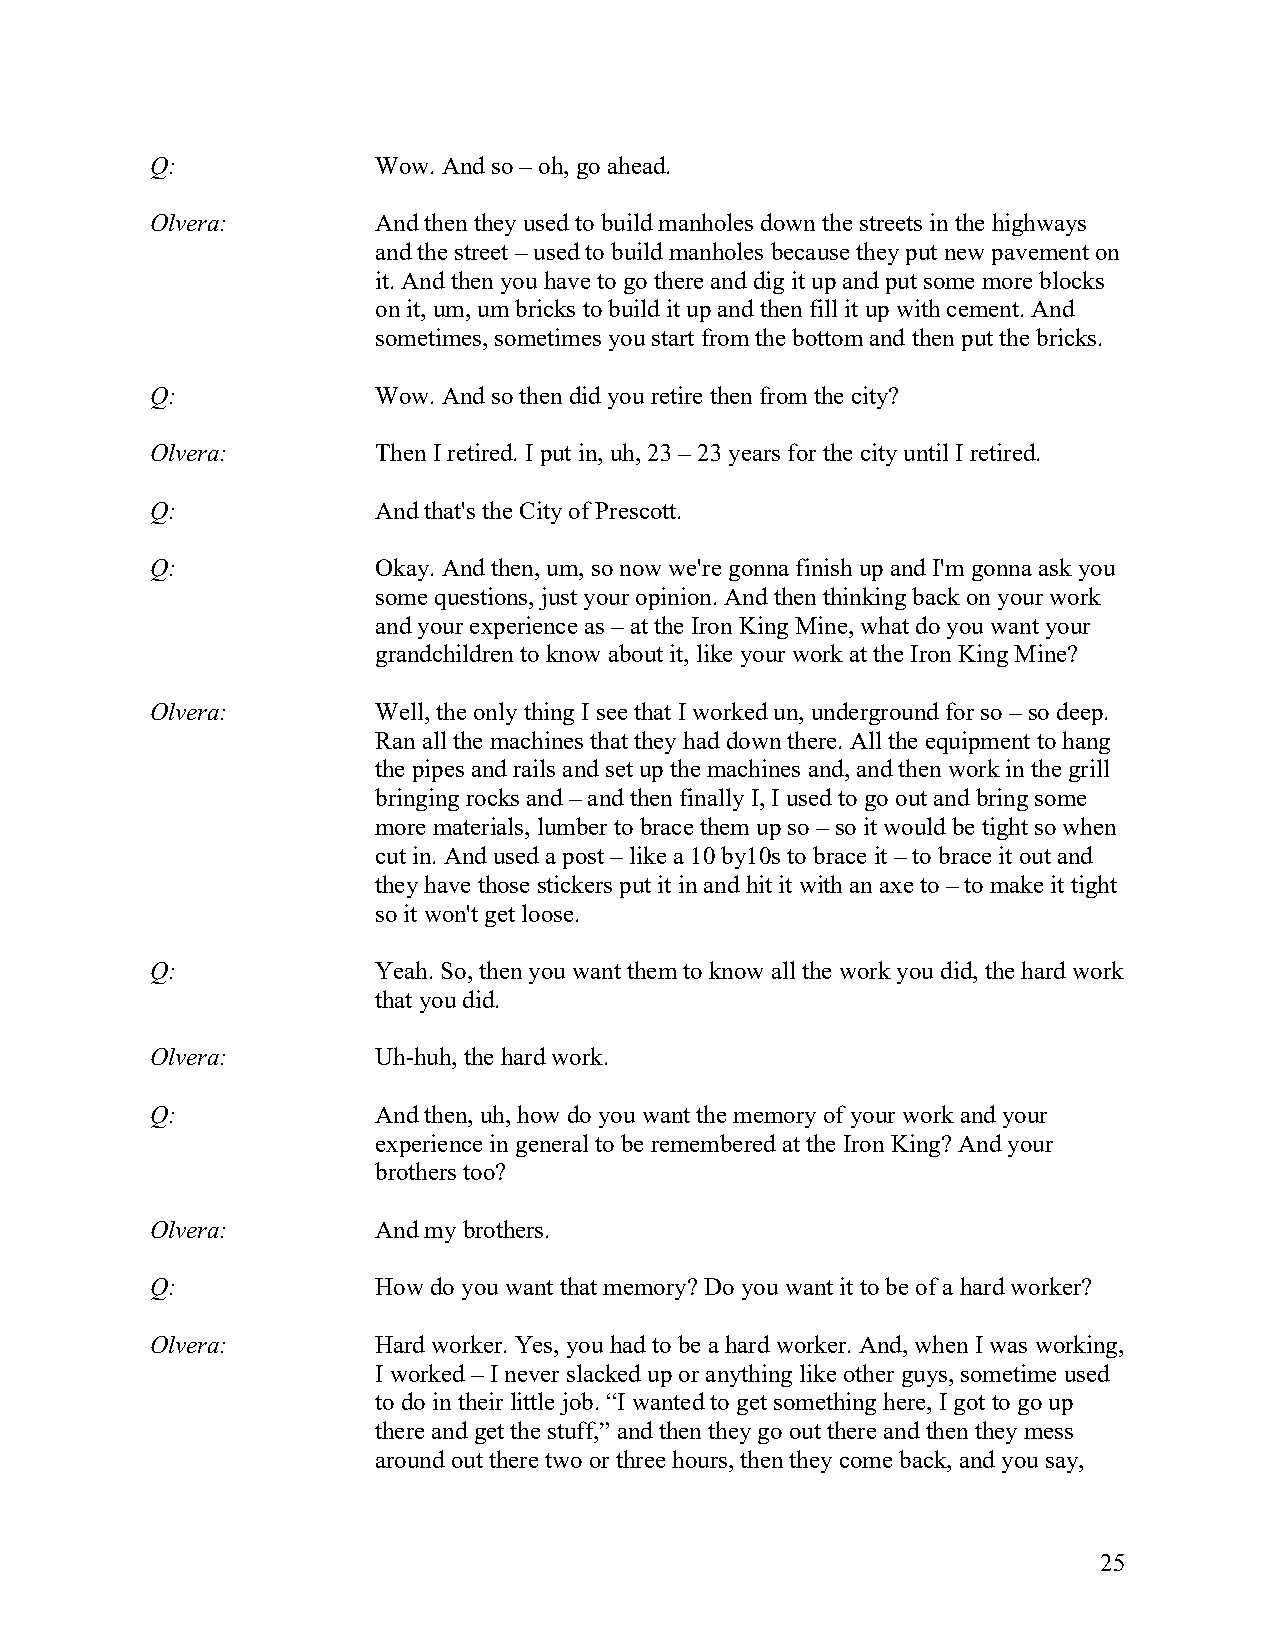
Q:             Wow. And so – oh, go ahead.
 Olvera:        And then they used to build manholes down the streets in the highways
 and the street – used to build manholes because they put new pavement on
 it. And then you have to go there and dig it up and put some more blocks
 on it, um, um bricks to build it up and then fill it up with cement. And
 sometimes, sometimes you start from the bottom and then put the bricks.
 Q:             Wow. And so then did you retire then from the city?
 Olvera:        Then I retired. I put in, uh, 23 – 23 years for the city until I retired.
 Q:             And that's the City of Prescott.
 Q:             Okay. And then, um, so now we're gonna finish up and I'm gonna ask you
 some questions, just your opinion. And then thinking back on your work
 and your experience as – at the Iron King Mine, what do you want your
 grandchildren to know about it, like your work at the Iron King Mine?
 Olvera:        Well, the only thing I see that I worked un, underground for so – so deep.
 Ran all the machines that they had down there. All the equipment to hang
 the pipes and rails and set up the machines and, and then work in the grill
 bringing rocks and – and then finally I, I used to go out and bring some
 more materials, lumber to brace them up so – so it would be tight so when
 cut in. And used a post – like a 10 by10s to brace it – to brace it out and
 they have those stickers put it in and hit it with an axe to – to make it tight
 so it won't get loose.
 Q:             Yeah. So, then you want them to know all the work you did, the hard work
 that you did.
 Olvera:        Uh-huh, the hard work.
 Q:             And then, uh, how do you want the memory of your work and your
 experience in general to be remembered at the Iron King? And your
 brothers too?
 Olvera:        And my brothers.
 Q:             How do you want that memory? Do you want it to be of a hard worker?
 Olvera:        Hard worker. Yes, you had to be a hard worker. And, when I was working,
 I worked – I never slacked up or anything like other guys, sometime used
 to do in their little job. “I wanted to get something here, I got to go up
 there and get the stuff,” and then they go out there and then they mess
 around out there two or three hours, then they come back, and you say,
 25